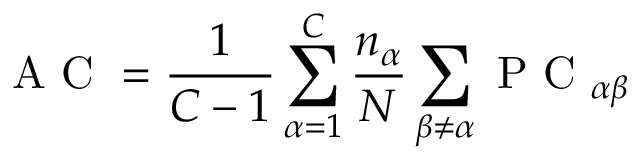
\mathrm { ~ A ~ C ~ } = \frac { 1 } { C - 1 } \sum _ { \alpha = 1 } ^ { C } \frac { n _ { \alpha } } { N } \sum _ { \beta \neq \alpha } \mathrm { ~ P ~ C ~ } _ { \alpha \beta }